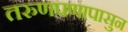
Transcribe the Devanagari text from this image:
तरुणपणापासुन